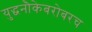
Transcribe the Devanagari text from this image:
युद्धनौकेबरोबरच